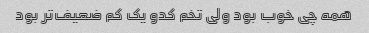
همه چی خوب بود ولی تخم کدو یک کم ضعیف‌تر بود